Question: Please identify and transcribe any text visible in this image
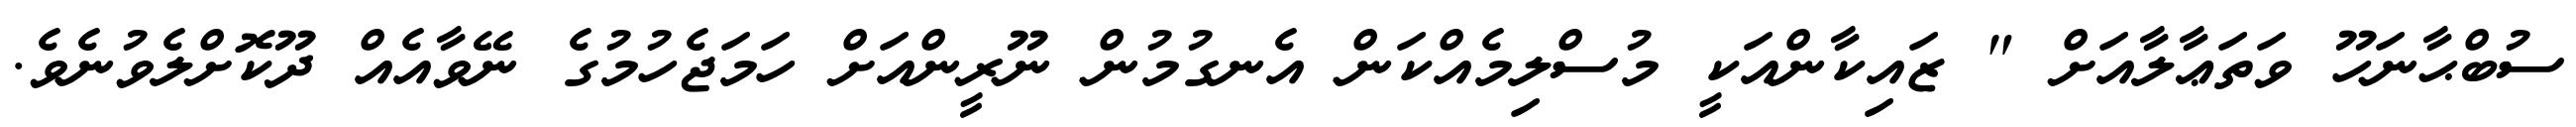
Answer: ސުބްޙާނަހޫ ވަތަޢާލާއަށް " ޒައިކާންއަކީ މުސްލިމެއްކަން އެނގުމުން ނޫރީންއަށް ހަމަޖެހުމުގެ ނޭވާއެއް ދޫކޮށްލެވުނެވެ.